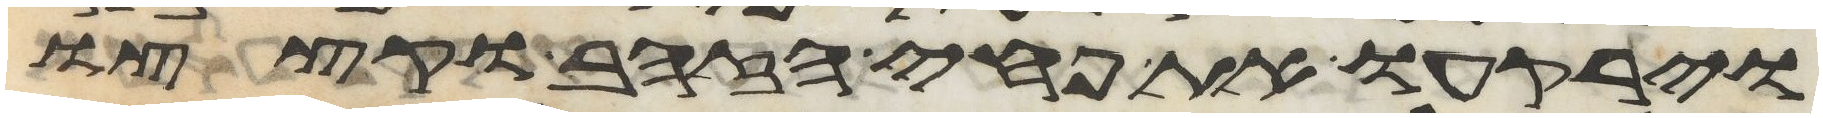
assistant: וירקעו את פחי הזהב וקצצו